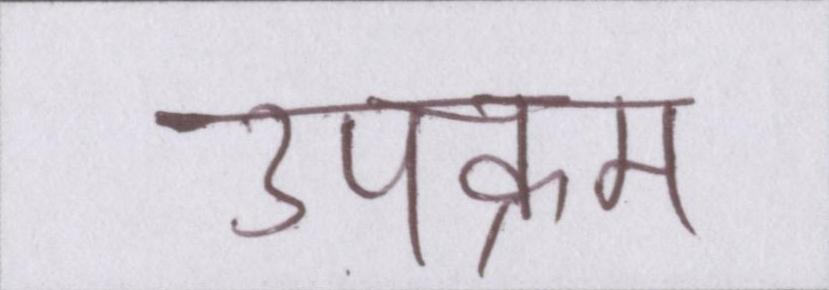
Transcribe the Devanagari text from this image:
उपक्रम